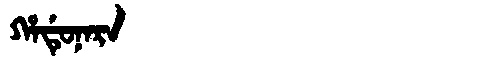
Manchu: ᡥᠠᡩᡠᠨᠠᡵᠠ
Romanization: HADUNARA